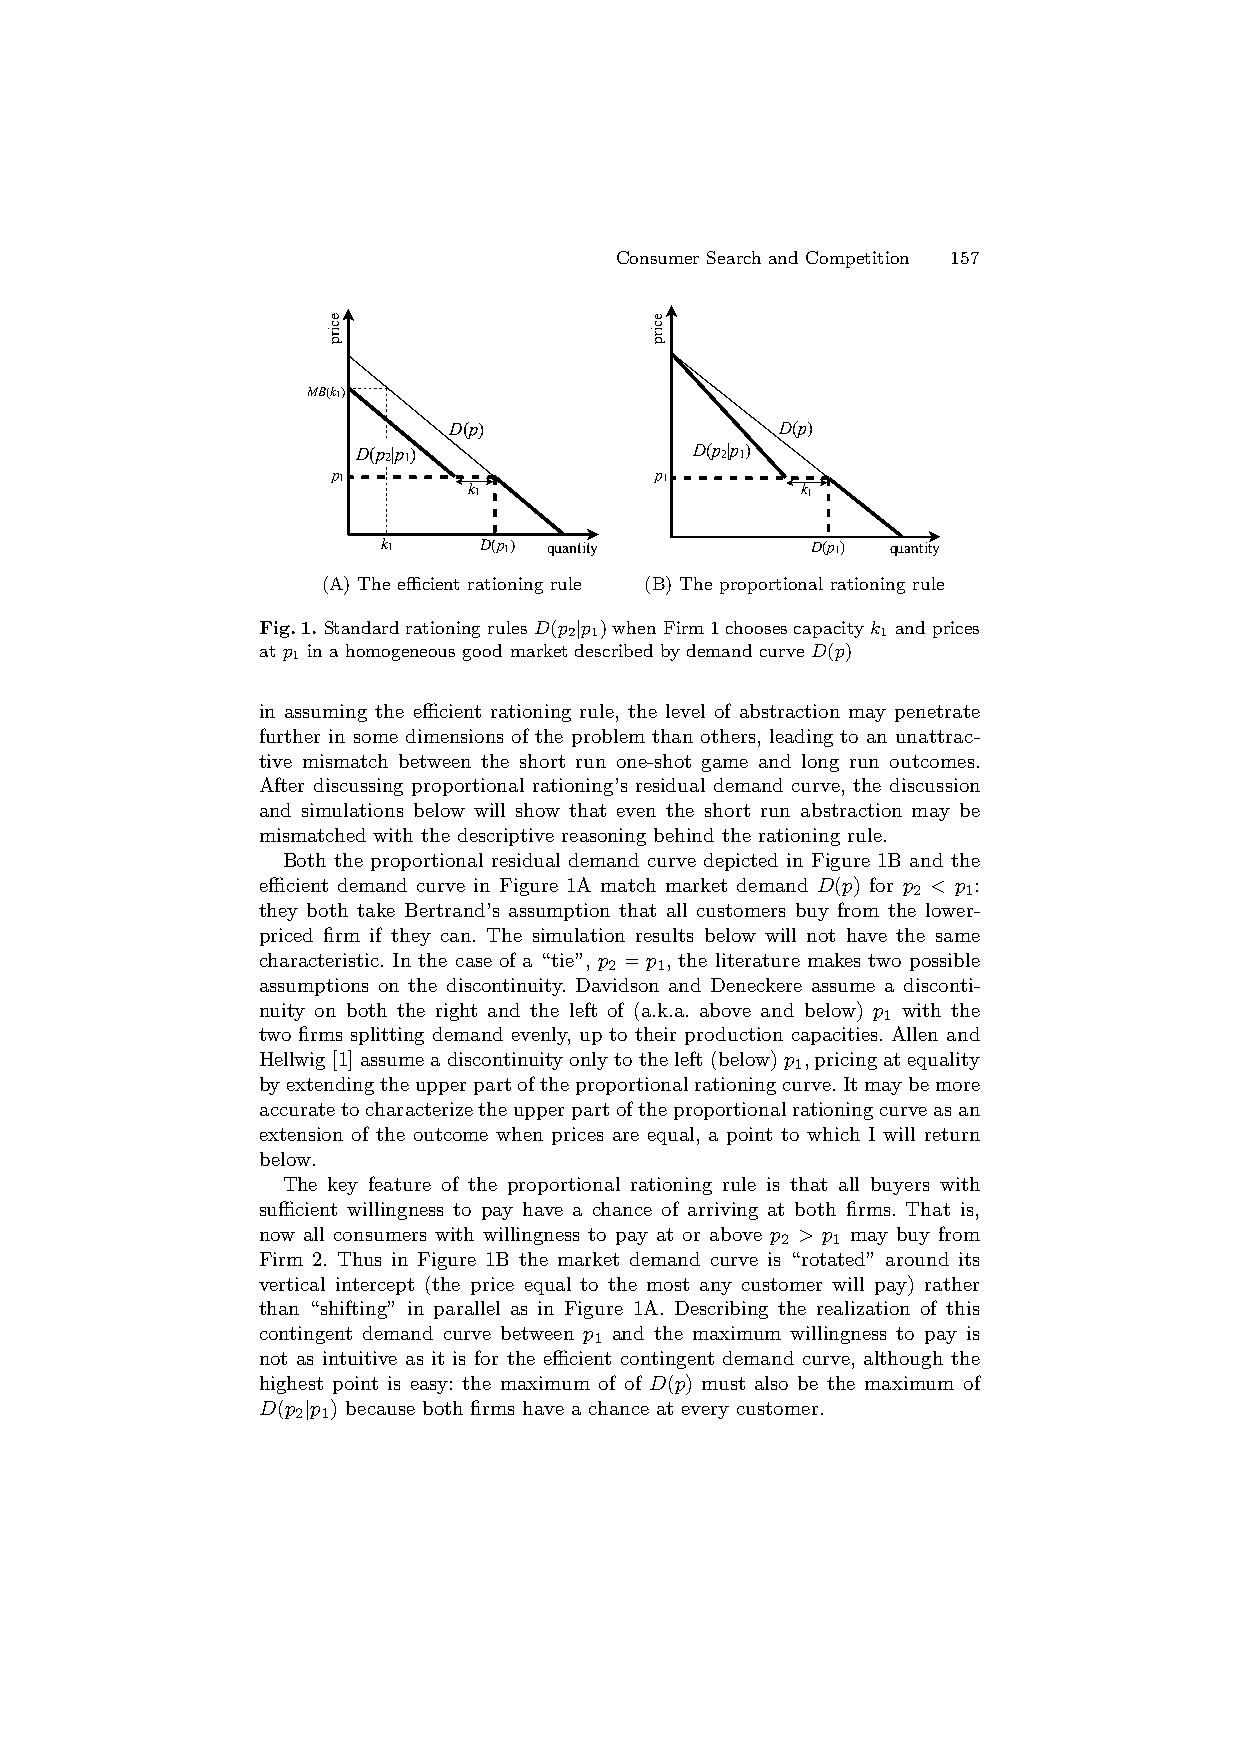
Consumer Search and Competition 157
 MB(k1)
 D(p)                  D(p)
 D(p2|p1)              D(p2|p1)
 p1                   p1
 k1                    k1
 k1     D(p1) quantity        D(p1) quantity
 (A) Theefficient rationing rule (B) The proportional rationing rule
 Fig.1. Standardrationing rulesD(p 2|p 1)whenFirm 1choosescapacity k 1 andprices
 at p 1 in a homogeneous good market described by demand curve D(p)
 in assuming the efficient rationing rule, the level of abstraction may penetrate
 further in some dimensions of the problem than others, leading to an unattrac-
 tive mismatch between the short run one-shot game and long run outcomes.
 After discussing proportional rationing’s residual demand curve, the discussion
 and simulations below will show that even the short run abstraction may be
 mismatched with the descriptive reasoning behind the rationing rule.
 Both the proportional residual demand curve depicted in Figure 1B and the
 efficient demand curve in Figure 1A match market demand D(p) for p < p :
 2   1
 they both take Bertrand’s assumption that all customers buy from the lower-
 priced firm if they can. The simulation results below will not have the same
 characteristic. In the case of a “tie”, p =p , the literature makes two possible
 2  1
 assumptions on the discontinuity. Davidson and Deneckere assume a disconti-
 nuity on both the right and the left of (a.k.a. above and below) p with the
 1
 two firms splitting demand evenly, up to their production capacities. Allen and
 Hellwig[1]assumeadiscontinuityonlytotheleft(below)p ,pricingatequality
 1
 byextendingtheupperpartoftheproportionalrationingcurve.Itmaybemore
 accuratetocharacterizetheupperpartoftheproportionalrationingcurveasan
 extension of the outcome when prices are equal, a point to which I will return
 below.
 The key feature of the proportional rationing rule is that all buyers with
 sufficient willingness to pay have a chance of arriving at both firms. That is,
 now all consumers with willingness to pay at or above p > p may buy from
 2  1
 Firm 2. Thus in Figure 1B the market demand curve is “rotated” around its
 vertical intercept (the price equal to the most any customer will pay) rather
 than “shifting” in parallel as in Figure 1A. Describing the realization of this
 contingent demand curve between p and the maximum willingness to pay is
 1
 not as intuitive as it is for the efficient contingent demand curve, although the
 highest point is easy: the maximum of of D(p) must also be the maximum of
 D(p |p ) because both firms have a chance at every customer.
 2 1
 ecirp                ecirp